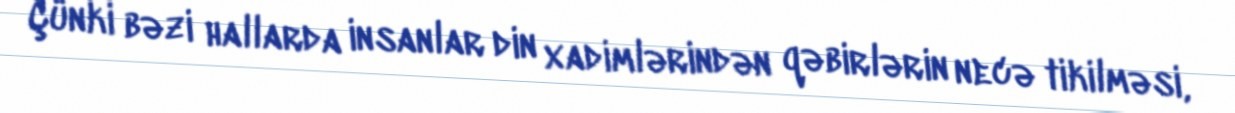
Çünki bəzi hallarda insanlar din xadimlərindən qəbirlərin necə tikilməsi,